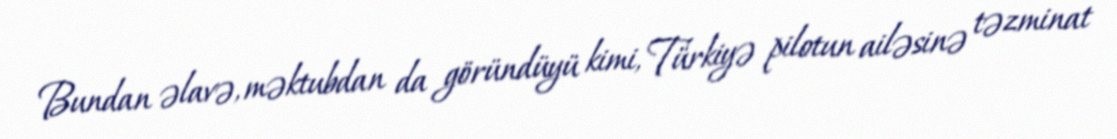
Bundan əlavə, məktubdan da göründüyü kimi, Türkiyə pilotun ailəsinə təzminat